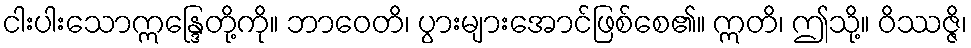
ငါးပါးသောဣန္ဒြေတို့ကို။ ဘာဝေတိ၊ ပွားများအောင်ဖြစ်စေ၏။ ဣတိ၊ ဤသို့။ ဝိဿဇ္ဇိ၊